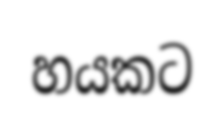
හයකට